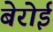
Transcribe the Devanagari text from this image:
बेरोई